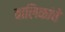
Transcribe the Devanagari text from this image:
बालिकांचे